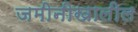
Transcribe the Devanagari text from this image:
जमीनीखालील